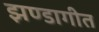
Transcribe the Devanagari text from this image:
झण्डागीत